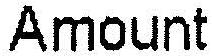
AMOUNT